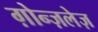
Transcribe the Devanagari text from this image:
ग़ोन्ज़लेज़